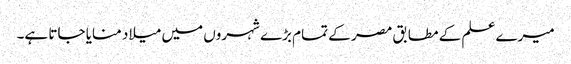
میرے علم کے مطابق مصر کے تمام بڑے شہروں میں میلاد منایا جاتا ہے۔